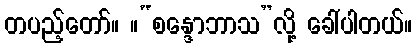
တပည့်တော်။ ။“စန္ဒောဘာသ”လို့ ခေါ်ပါတယ်။